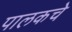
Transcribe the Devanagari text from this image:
पालकचे